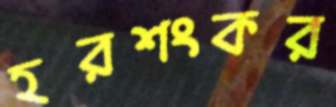
হরশংকর